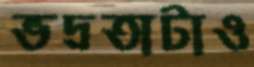
ভদ্রতাটাও